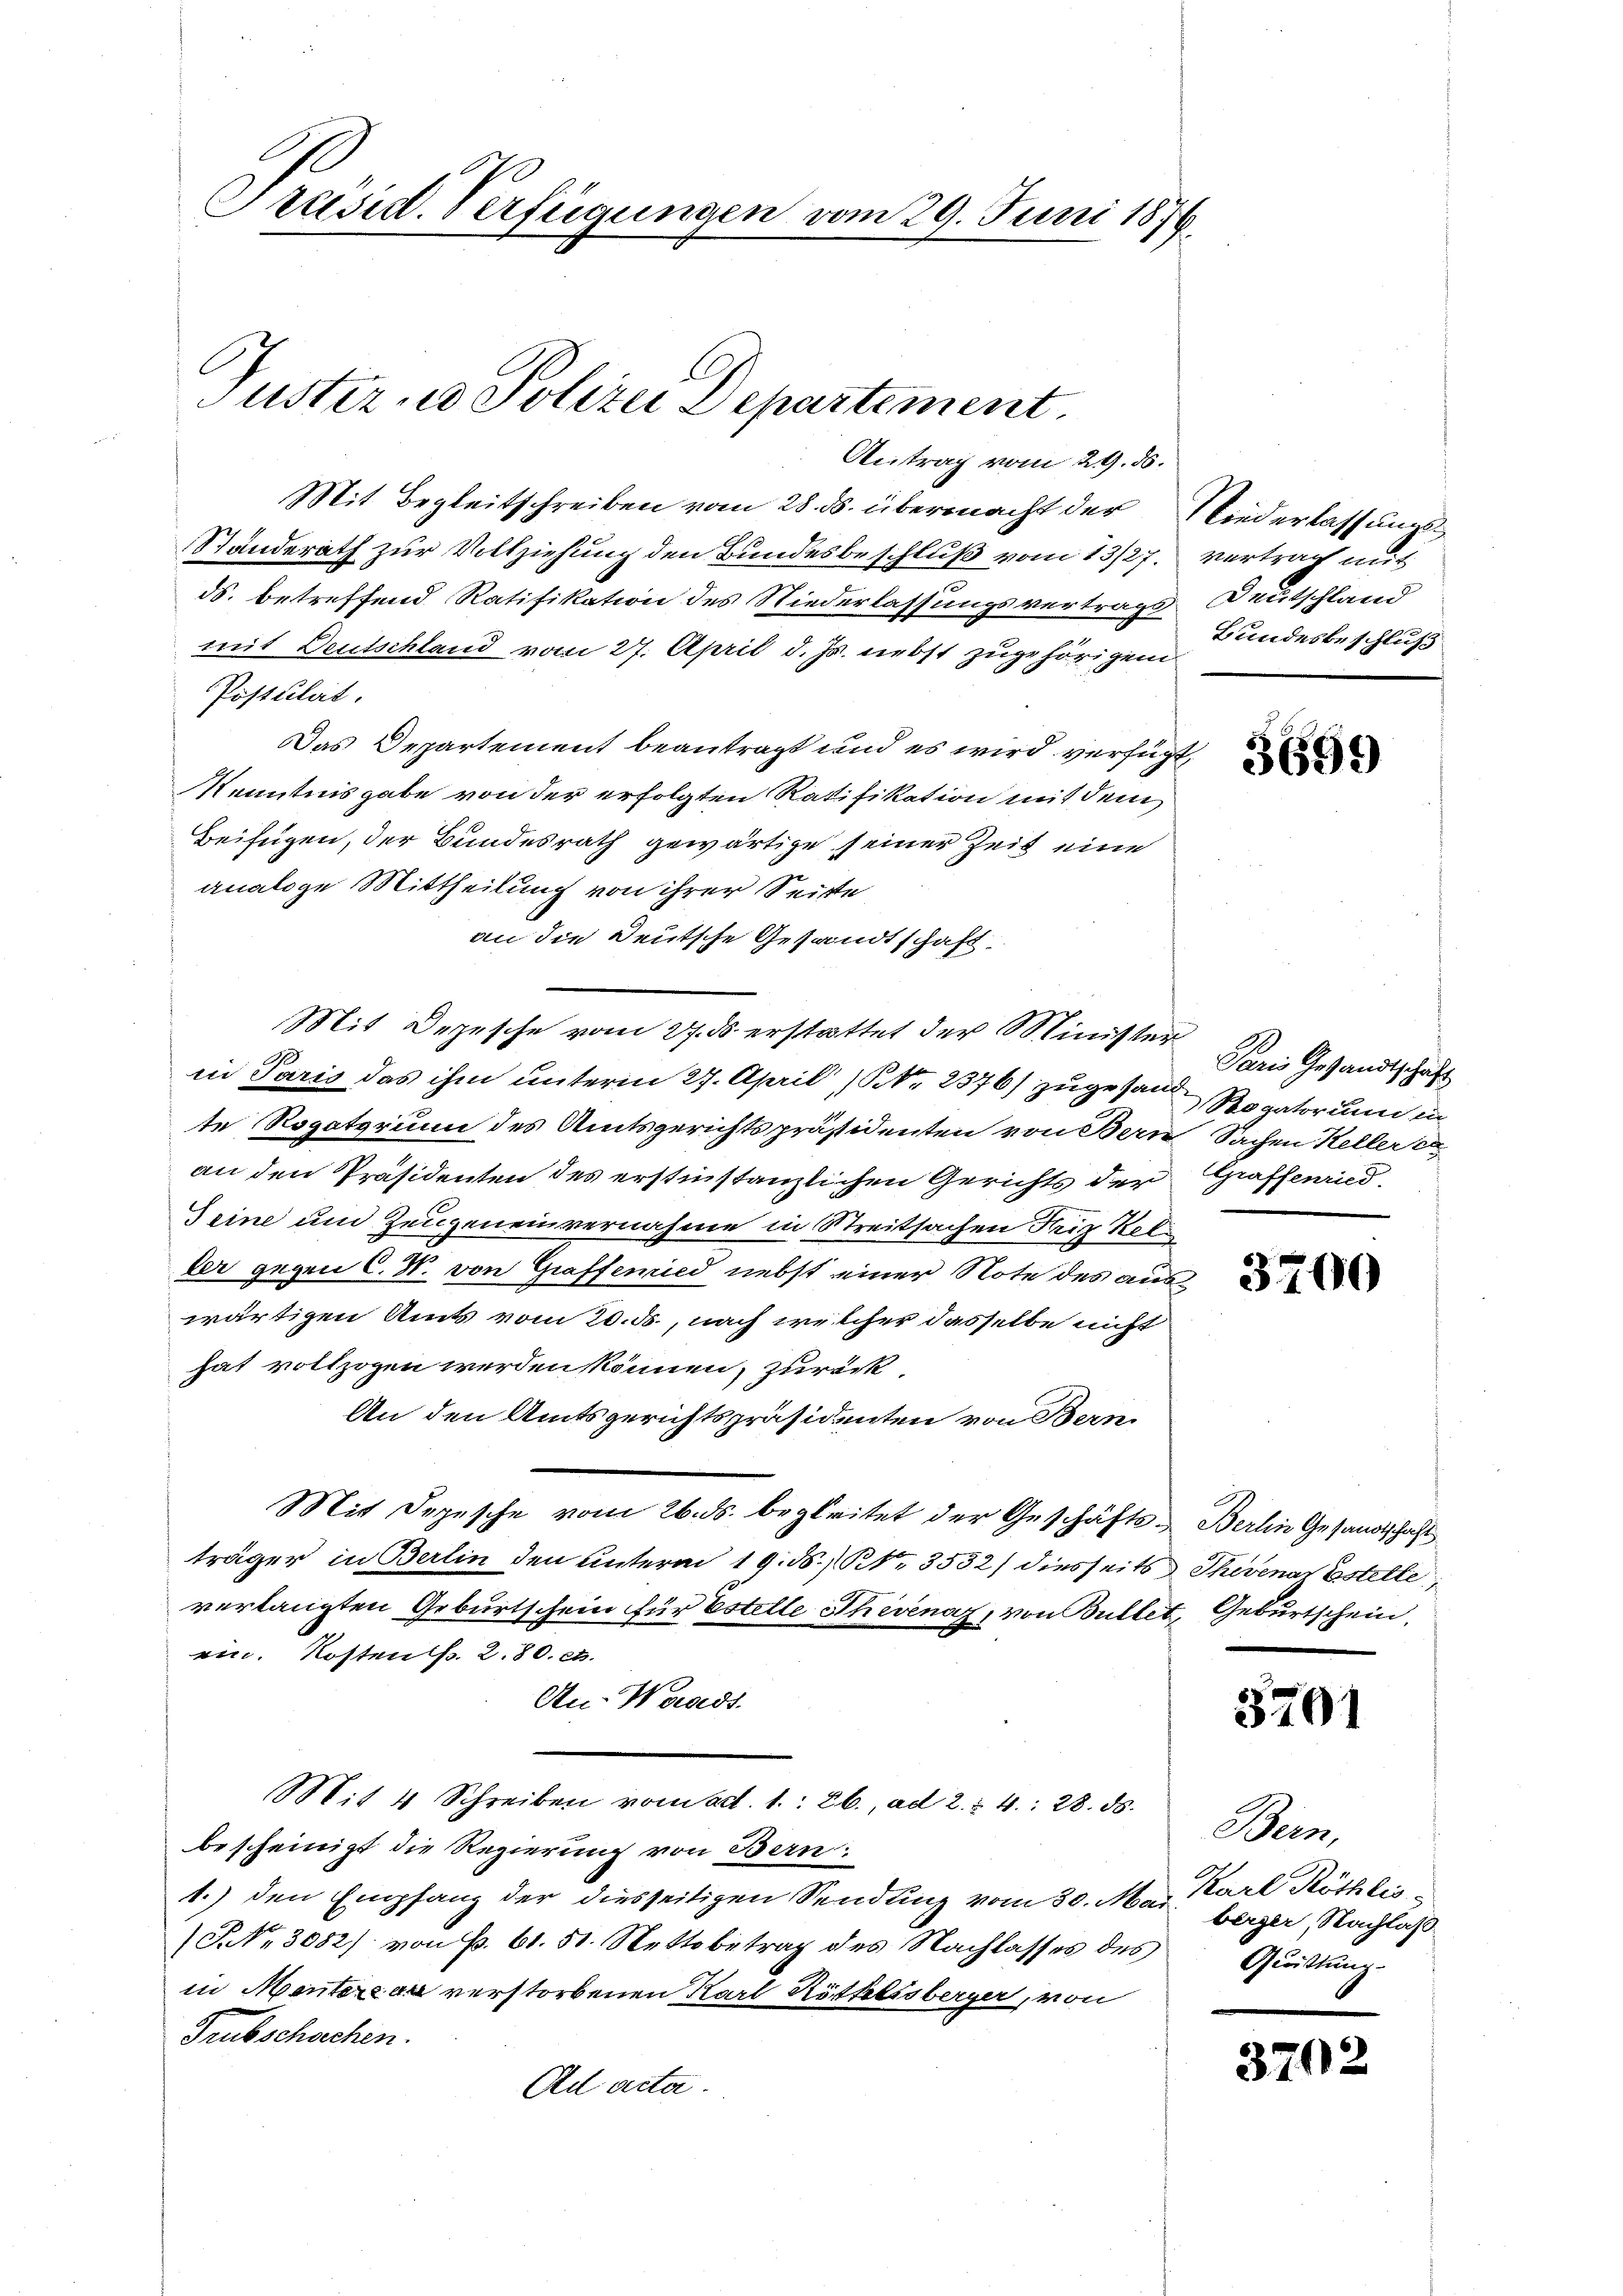
Antrag vom 29. ds.
Mit Begleitschreiben vom 28. ds. übermacht der Niederlassung
Standerath zur Vollziehung den Bundesbeschluß vom 13/27.
ds. betreffend Ratifikation des Niederlassungsvertrags
mit Deutschland vom 27. April d. Js. nebst zugehörigen
Postulat.
Das Departement beantragt und es wird verfügt,
Kenntnisgabe von der erfolgten Ratifikation mit dem
Beifügen, der Bundesrath gewärtige seiner Zeit eine
analoge Mittheilung von ihrer Seite
an die Deutsche Gesandtschaft.
Mit Depesche vom 27. ds. erstattet der Ministerin Paris das ihm unterm 27. April (NNr. 2376) zugesand Rogatorum in
te Rogatorium des Amtsgerichtspräsidenten von Bern Sachen Keller e
an den Präsidenten des erstinstanzlichen Gerichts der
Seine und Zeugeneinvernahme in Streitsachen Friz Kelder gegen C. N. von Grafferied nebst einer Note des auswärtigen Amts vom 20. ds., nach welcher dasselbe nicht
hat vollzogen werden können, zurück¬
An den Amtsgerichtspräsidenten von Bern.
Mit Depesche vom 26. ds. begleitet der Geschäfts-Berlin Gesandtschaft
träger in Berlin den unterm 19. d. R. 3532) diesseits Thivenar Estette
verlangten Geburtschein für Estelle Phévenaz, von Bullet, Geburtschein,
ein. Kosten d. 2. 80. et.
An- Wands
Mit 4 Schreiben vom ad. 1.: Eb., ad 2. §. 4. 28. ds.
bescheinigt die Regierung von Bern:
1.) den Empfang der diesseitigen Sendung vom 30. Mai berger, Nachlaß
P. Nr. 3082) von P. 61. 51. Nettobetrag des Nachlasses des
in Menterdar verstorbenen Karl Röthlisberger, von
Trubschachen.
Ad acta.

Präsid. Verfügungen vom 29. Juni 1879.

Tuster u. Polizei Departement.

vertrag mit
Deutschland
Bundesbeschluß

3699

Paris Gesandtschaft
Graffenried.

3700

3701

Bern,
Karl Röthlis
Quittung.

370: